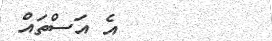
٣٣        އެ އަސްތައް